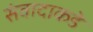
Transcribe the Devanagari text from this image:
संवादाकडे